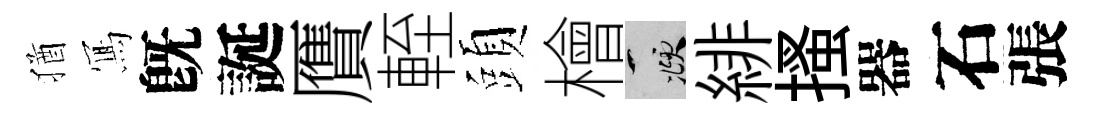
猶𭂁旣誕贋輊頭檜頫緋搔器石張